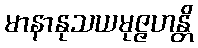
မာနာနုသယမုဇ္ဇဟန္တိ